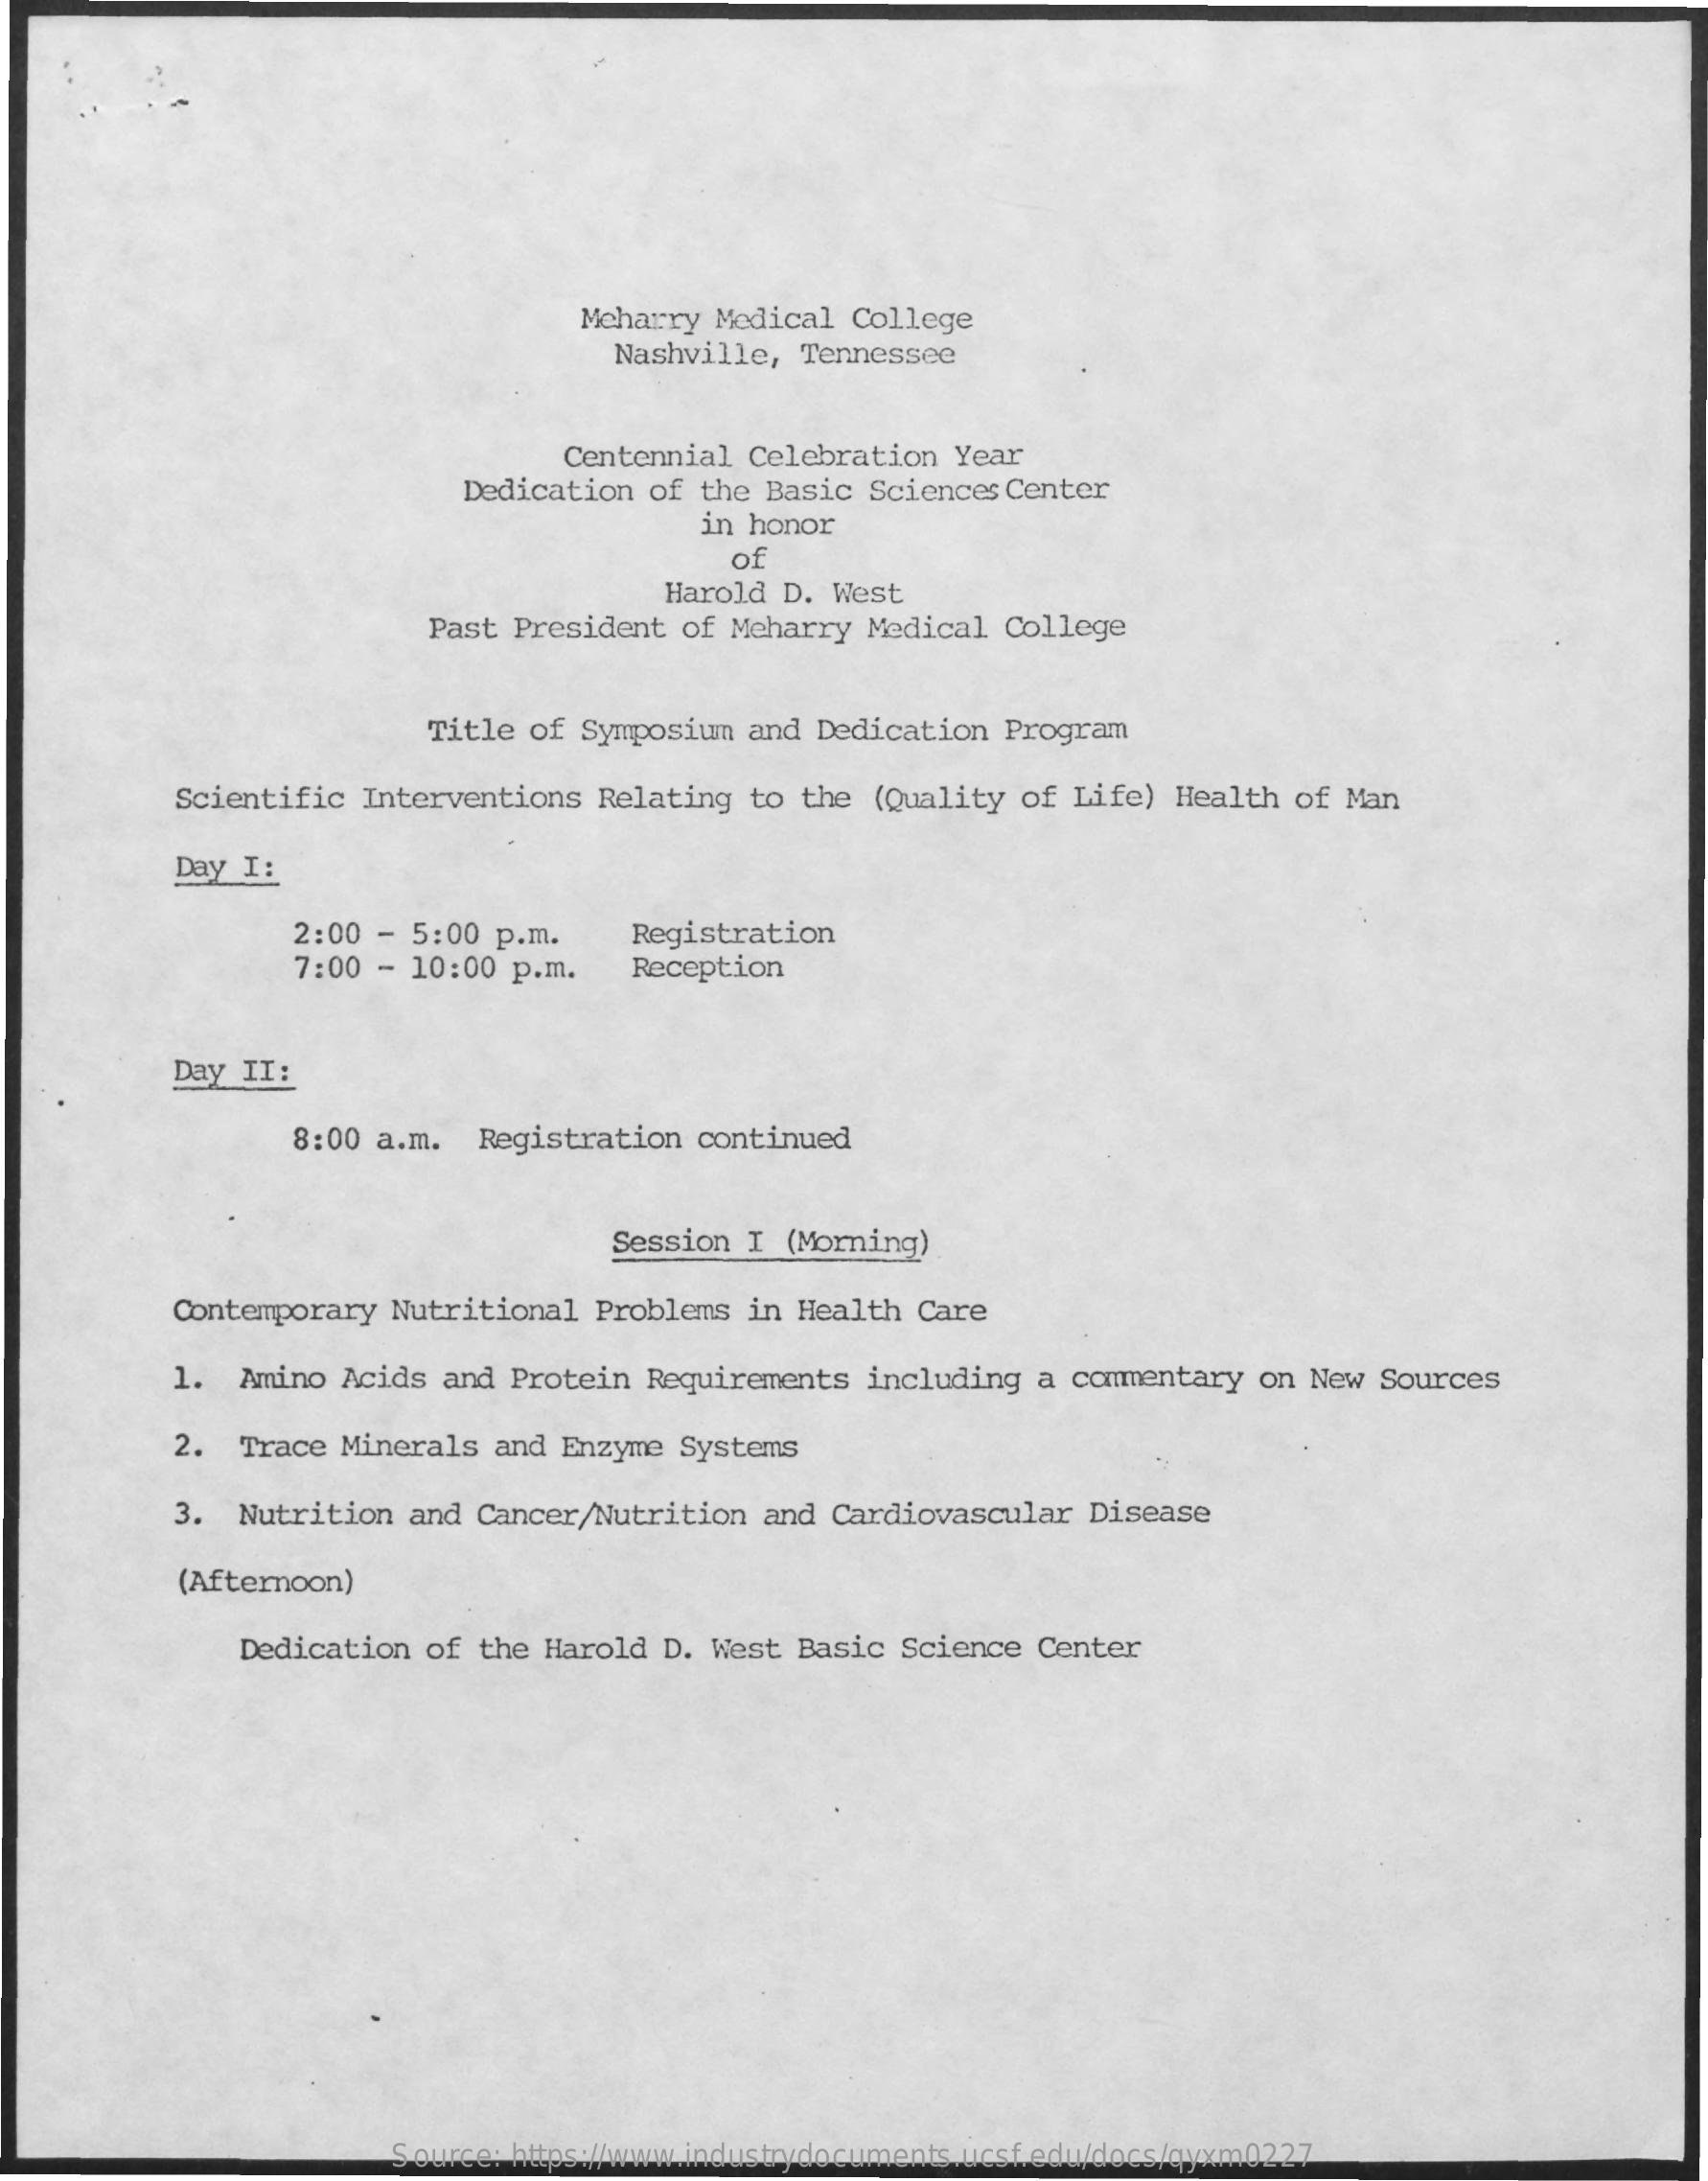
Meharry Medical College
     Nashville, Tennessee
     Centennial Celebration Year
     Dedication of the Basic Sciences Center
     in honor
     of
     Harold D. West
     Past President of Meharry Medical College
     Title of Symposium and Dedication Program
     Scientific Interventions Relating to the (Quality of Life) Health of Man
     Day I:
     2:00 - 5:00 p.m. Registration
     7:00 - 10:00 p.m. Reception
     Day II:
     8:00 a.m. Registration continued
     Session I (Morning)
     Contemporary Nutritional Problems in Health Care
     1. Amino Acids and Protein Requirements including a commentary on New Sources
     2. Trace Minerals and Enzyme Systems
     3. Nutrition and Cancer/Nutrition and Cardiovascular Disease
     (Afternoon)
     Dedication of the Harold D. West Basic Science Center
     Source: https://www.industrydocuments.ucsf.edu/docs/qyxm0227